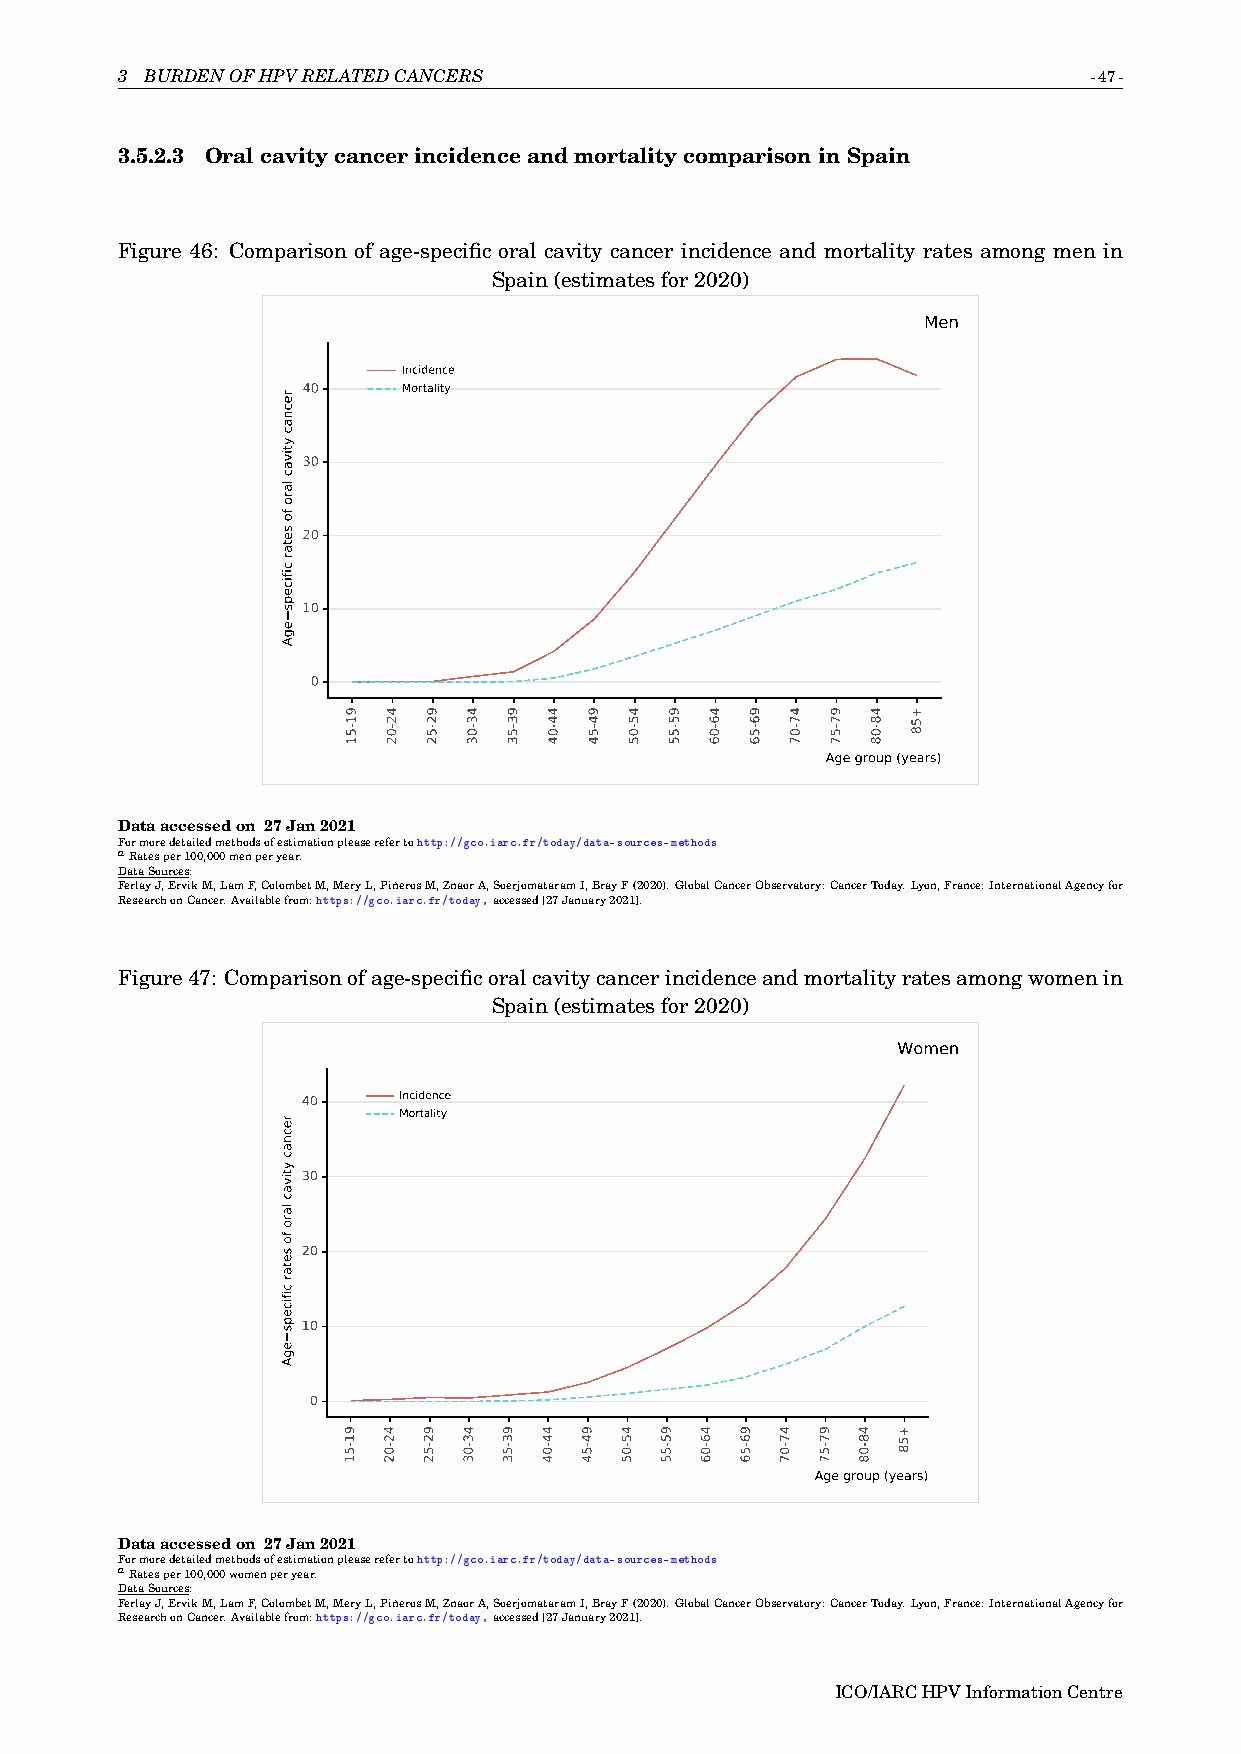
3 BURDENOFHPVRELATEDCANCERS                                     -47-
 3.5.2.3 OralcavitycancerincidenceandmortalitycomparisoninSpain
 Figure 46: Comparison of age-specific oral cavity cancer incidence and mortality rates among men in
 Spain(estimatesfor2020)
 Men
 Incidence
 40     Mortality
 30
 20
 10
 0
 Age group (years)
 Dataaccessedon 27Jan2021
 Formoredetailedmethodsofestimationpleaserefertohttp://gco.iarc.fr/today/data-sources-methods
 aRatesper100,000menperyear.
 DataSources:
 FerlayJ,ErvikM,LamF,ColombetM,MeryL,PiñerosM,ZnaorA,SoerjomataramI,BrayF(2020).GlobalCancerObservatory:CancerToday.Lyon,France:InternationalAgencyfor
 ResearchonCancer.Availablefrom:https://gco.iarc.fr/today,accessed[27January2021].
 Figure47: Comparisonofage-specificoralcavitycancerincidenceandmortalityratesamongwomenin
 Spain(estimatesfor2020)
 Women
 40    Incidence
 Mortality
 30
 20
 10
 0
 Age group (years)
 Dataaccessedon 27Jan2021
 Formoredetailedmethodsofestimationpleaserefertohttp://gco.iarc.fr/today/data-sources-methods
 aRatesper100,000womenperyear.
 DataSources:
 FerlayJ,ErvikM,LamF,ColombetM,MeryL,PiñerosM,ZnaorA,SoerjomataramI,BrayF(2020).GlobalCancerObservatory:CancerToday.Lyon,France:InternationalAgencyfor
 ResearchonCancer.Availablefrom:https://gco.iarc.fr/today,accessed[27January2021].
 ICO/IARCHPVInformationCentre
 recnac
 ytivac
 laro
 fo
 setar
 cificeps
 egA
 recnac
 ytivac
 laro
 fo
 setar
 cificeps
 egA
 91-51
 91-51
 42-02
 42-02
 92-52
 92-52
 43-03
 43-03
 93-53
 93-53
 44-04
 44-04 94-54
 94-54
 45-05
 45-05
 95-55
 95-55
 46-06
 46-06
 96-56
 96-56
 47-07
 47-07
 97-57
 97-57
 48-08
 48-08
 +58
 +58